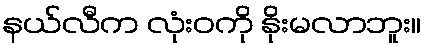
နယ်လီက လုံးဝကို နိုးမလာဘူး။